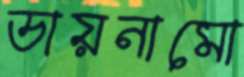
ডায়নামো